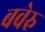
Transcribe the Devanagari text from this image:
बवेरु